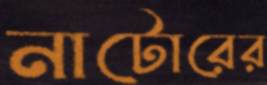
নাটোরের